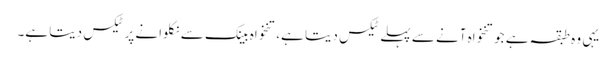
یہی وہ طبقہ ہے جو تنخواہ آنے سے پہلے ٹیکس دیتا ہے، تنخواہ بینک سے نکلوانے پر ٹیکس دیتا ہے۔